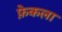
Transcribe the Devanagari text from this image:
फ़ेकला